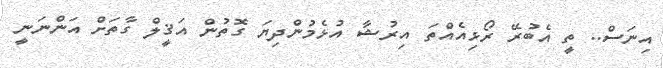
އިނަސް.. ތީ އެބުރޭ ރޯޅިއެއްތަ އިރުޝާ އުޅެމުންދިޔަ ގޮތުން އަޤީލް ގާތަށް އަންނަނީ